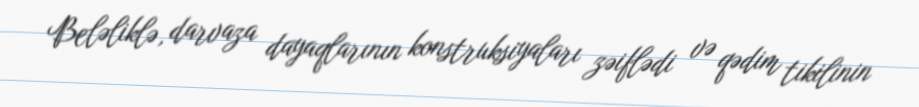
Beləliklə, darvaza dayaqlarının konstruksiyaları zəiflədi və qədim tikilinin